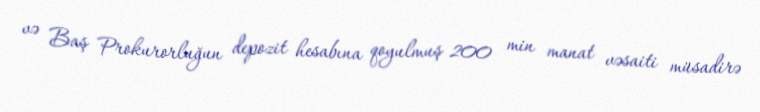
və Baş Prokurorluğun depozit hesabına qoyulmuş 200 min manat vəsaiti müsadirə